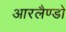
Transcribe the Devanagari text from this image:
आरलैण्डो